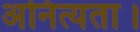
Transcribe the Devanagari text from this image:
अनित्यता।